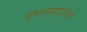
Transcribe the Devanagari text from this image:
गुप्तसम्राटांचा